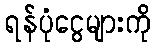
ရန်ပုံငွေများကို